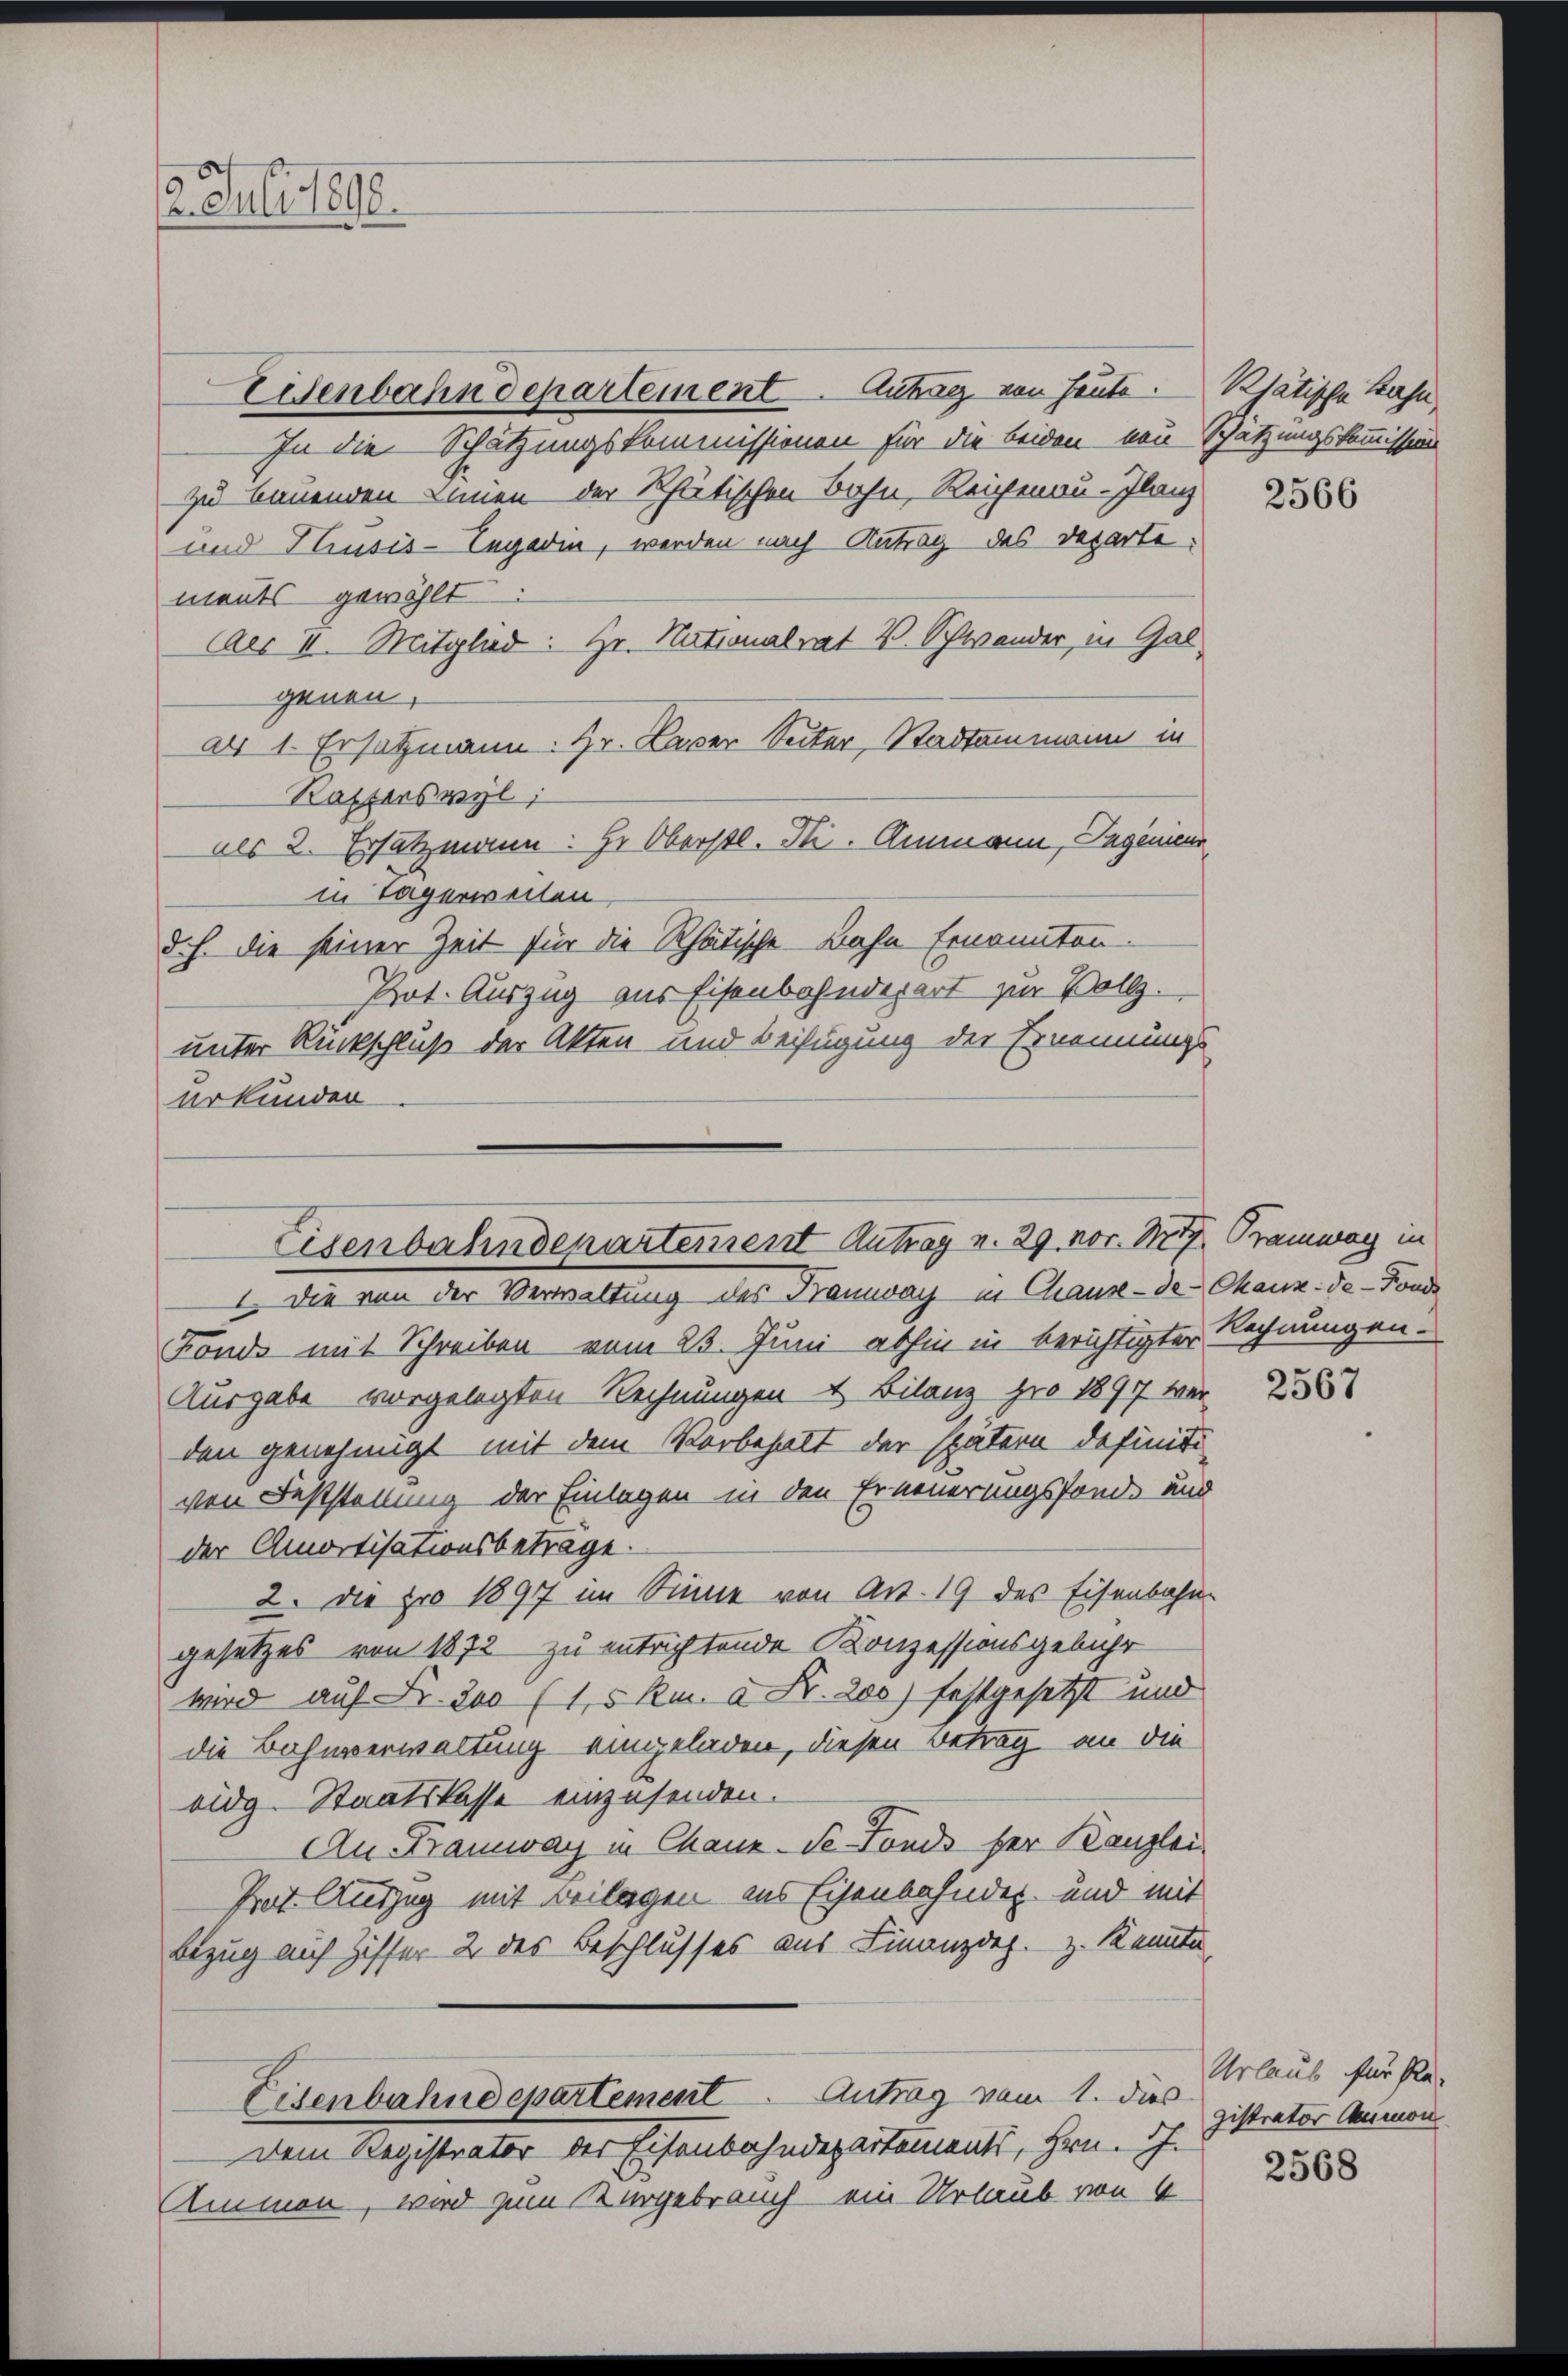
12. Juli 1890.

Eisenbahndepartement. Antrag von heute. Rhätische Bahn,
In die Schätzungskommissionen für die beiden von Schätzungskommission
zu bauenden Linien der Rhetischen Bohn, Reichenau-Ilanz
und Hiusis-Engadin, werden nach Antrag des Departe¬
Aer II. Mitglied: Hr. Nationalrat V. Schwander, in Galad 1. Ersatzmann: Hr. Laver Seiter, Stadtammann in
Kapferswyl,
als 2. Ersatzmann: Hr. Oberstl. Ni. Ammann, Ingenie
in Tagerweiten
d. h. die seiner Zeit für die Rhätische Bahn Ernannten¬
Prot. Auszug aus Eisenbahnderart zur Vollz.
unter Rückschluß der Akten und Beifügung der Ernennungs
urkunden

ments gewählt.
genen.

Eisenbahndepartement Antrag v. 29. vor. Mts. Tramway in
I. Die von der Verwaltung des Tramway in Chause - de Chaux-de-Fonde

Fonds mit Schreiben vom 23. Juni abhin in berichtigter Rechnungen.
Ausgabe vorgelegten Rechnungen u. Bilanz pro 1897 wir
den genehmigt mit dem Vorbehalt der spätern definitivon Feststellung der Einlagen in den Erneuerungsfonde und
der Amortisationsbeträge.
2. Die pro 1897 im Sinne von Art. 19 des Eisenbahngesetzes von 1872 zu entrichtende Konzessionsgebühr
wird auf Fr. 200 (1, 5 Rm. à Fr. 200) festgesetzt und
die Bahnverwaltung eingeladen, diesen Betrag an die
eidg. Staatskasse einzusenden.
An Tramway in Chaux-de-Fonds her Kanzlei.
Prot. Auszug mit Beilagen aus Eisenbahnder und mit
Bezug auch Ziffer 2 des Beschlusses aus Finanzdes. z. Kenntn
Eisenbahndepartement. Antrag vom 1. dies
Dem Registrator der Eisenbahndepartements, Hrn. J.
Ammen, wird zum Kurgebrauch ein Urlaub von 4

2566

2567

Urlaub für Re
gistrator Amon

2568